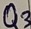
Text: Q3